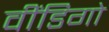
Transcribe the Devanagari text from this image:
वींडिगो